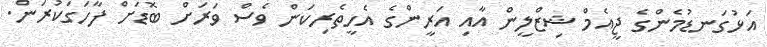
އަޅުގަނޑުމެންގެ ޖީއެމް ޝިޒްލީން އާއި އަރީންގެ އެހީތެރިކަން ވެސް ވަރަށް ބޮޑަށް ފާހަގަކުރަން.